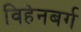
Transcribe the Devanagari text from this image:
विहेनबर्ग